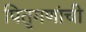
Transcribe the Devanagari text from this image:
पितृगणांची